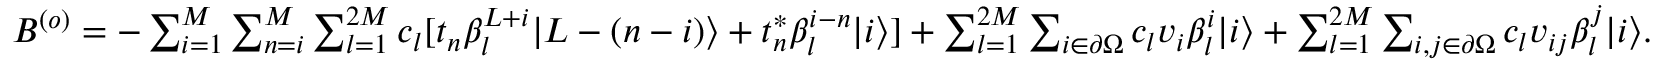
\begin{array} { r } { B ^ { ( o ) } = - \sum _ { i = 1 } ^ { M } \sum _ { n = i } ^ { M } \sum _ { l = 1 } ^ { 2 M } c _ { l } [ t _ { n } \beta _ { l } ^ { L + i } | L - ( n - i ) \rangle + t _ { n } ^ { \ast } \beta _ { l } ^ { i - n } | i \rangle ] + \sum _ { l = 1 } ^ { 2 M } \sum _ { i \in \partial \Omega } c _ { l } v _ { i } \beta _ { l } ^ { i } | i \rangle + \sum _ { l = 1 } ^ { 2 M } \sum _ { i , j \in \partial \Omega } c _ { l } v _ { i j } \beta _ { l } ^ { j } | i \rangle . } \end{array}